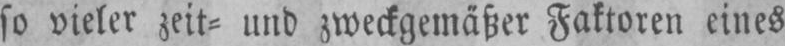
so vieler zeit⸗ und zweckgemäßer Faktoren eines